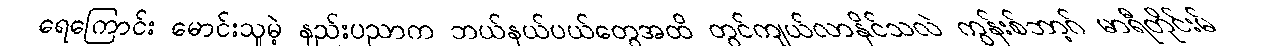
ရေကြောင်း မောင်းသူမဲ့ နည်းပညာက ဘယ်နယ်ပယ်တွေအထိ တွင်ကျယ်လာနိုင်သလဲ ကွန်းစ်ဘာ့ဂ် မာရီတိုင်းမ်